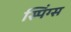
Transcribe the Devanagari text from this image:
स्पिंग्स